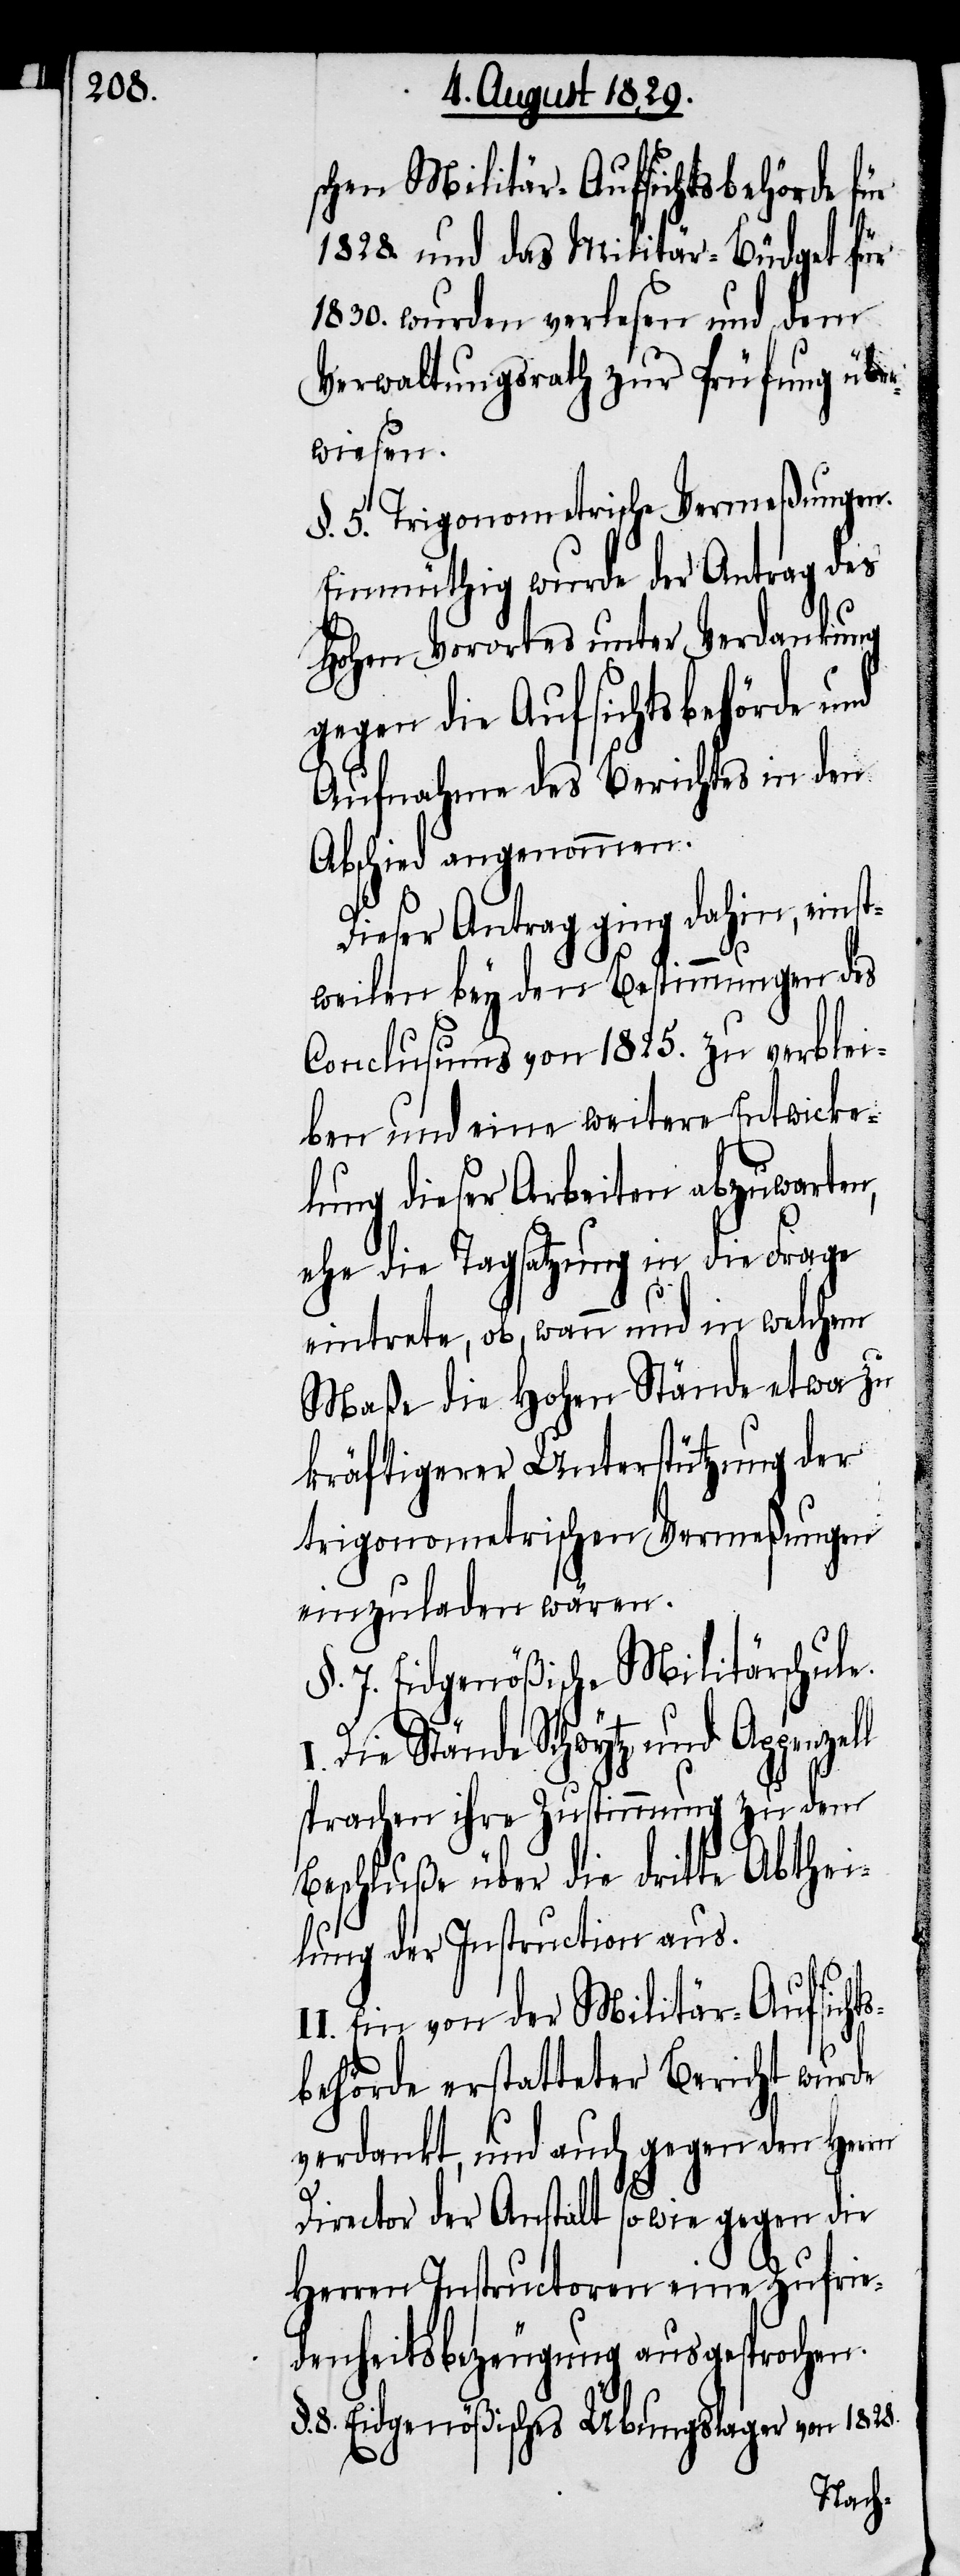
ll

schen Militär-Aufsichtsbehörde für
1828. und das Militär-Büdget für
1830. wurden verlesen und dem
Verwaltungsrath zur Prüfung über¬
wiesen.
§. 5. Trigonometrische Vermeßungen.
Einmüthig wurde der Antrag des
Hohen Vorortes unter Verdankung
gegen die Aufsichtsbehörde und
Aufnahme des Berichtes in den
Abschied angenommen.
Dieser Antrag ging dahin, einst¬
weilen bey den Bestimmungen des
Conclusums von 1825. zu verblei¬
ben und eine weitere Entwicke¬
lung dieser Arbeiten abzuwarten,
ehe die Tagsatzung in die Frage
eintrete, ob, wann und in welchem
Maße die Hohen Stände etwa zu
kräftigerer Unterstützung der
trigonometrischen Vermeßungen
einzuladen wären.
§. 7. Eidgenößische Militärschule.
Die Stände Schwytz und Appenze¬
sprachen ihre Zustimmung zu dem
Beschluße über die dritte Abthei¬
lung der Instruction aus.
Ein von der Militär-Aufsicht¬
sbehörde erstatteter Bericht wurde
verdankt, und auch gegen den Herrn
Director der Anstalt sowie gegen die
Herren Instructoren eine Zufrie¬
denheitsbezeugung ausgesprochen.
8. Eidgenößisches Übungslager von 1828.